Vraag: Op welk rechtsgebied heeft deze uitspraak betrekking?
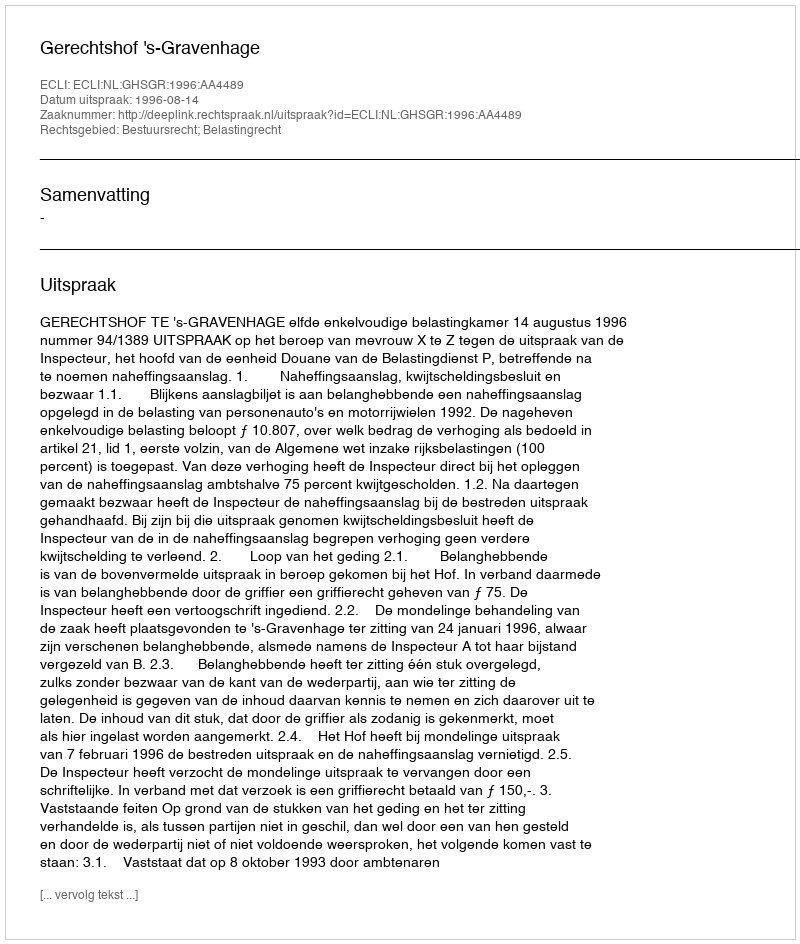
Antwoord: Bestuursrecht; Belastingrecht